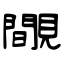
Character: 覸